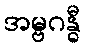
အမ္ဗဂန္ဓီ